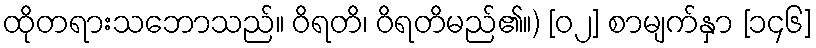
ထိုတရားသဘောသည်။ ဝိရတိ၊ ဝိရတိမည်၏။) [၀၂] စာမျက်နှာ [၁၄၆]